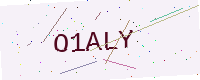
Text: O1ALY